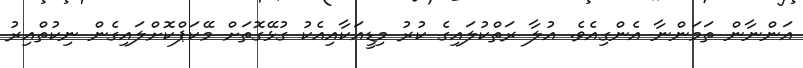
އަންނާން ތަމަންނާ އެންގިއެވެ. އުލާ ރަތްކުލައިގެ ކުރު މިޑީއަކާއިއެކު ގުޅޭގޮތަށް މޭކަޕްކޮށްލައިގެން ނިކުތްއިރު